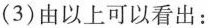
(3)由以上可以看出：